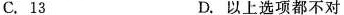
C.13 D.以上选项都不对